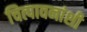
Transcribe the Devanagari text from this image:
चित्पावनांशी